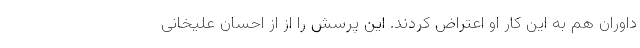
داوران هم به این کار او اعتراض کردند. این پرسش را از از احسان علیخانی